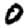
Digit: 0